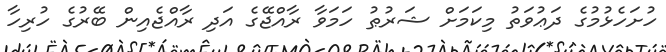
ހުށަހެޅުމުގެ ދަޢުވަތު މިކަމަށް ޝަރުޠު ހަމަވާ ރާއްޖޭގެ އަދި ރާއްޖެއިން ބޭރުގެ ހުރިހާ